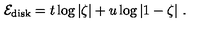
{ \cal E } _ { \mathrm { d i s k } } = t \log \vert \zeta \vert + u \log \vert 1 - \zeta \vert \ .